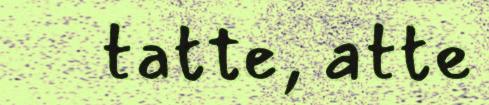
tatte, atte